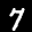
Label: 7